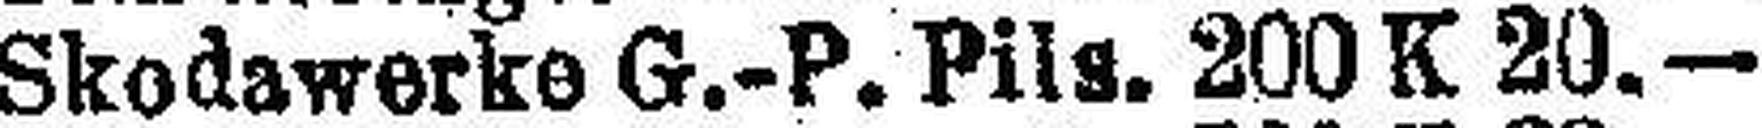
Skodawerke G.-P. Pils. 200 K 20.—